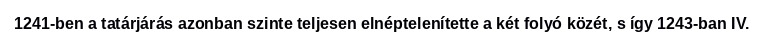
1241-ben a tatárjárás azonban szinte teljesen elnéptelenítette a két folyó közét, s így 1243-ban IV.